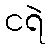
ငရဲ